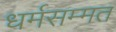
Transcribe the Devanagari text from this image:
धर्मसम्मत